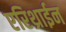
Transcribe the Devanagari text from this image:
एरिथ्राईन